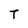
Character: T